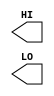
module sky130_fd_sc_lp__conb (
    HI,
    LO
);

    output HI;
    output LO;

    // Voltage supply signals
    supply1 VPWR;
    supply0 VGND;
    supply1 VPB ;
    supply0 VNB ;

endmodule